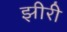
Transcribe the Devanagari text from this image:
झीरी